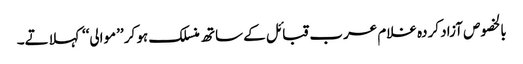
بالخصوص آزاد کردہ غلام عرب قبائل کے ساتھ منسلک ہو کر ’’موالی‘‘ کہلاتے۔